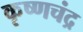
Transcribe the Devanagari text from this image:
कृष्‍णचंद्र